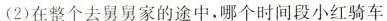
(2)在整个去舅舅家的途中，哪个时间段小红骑车